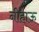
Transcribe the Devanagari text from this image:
नीहाऊ